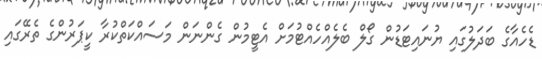
ޑެހެއާގެ ބަދަލުގައި ޔުނައިޓަޑުން ގޯލް ބެލެއްހެއްޓުމަށް އެޓީމުން ގެންނަން މަސައްކަތްކުރާ ކީޕަރުންގެ ތެރޭގައި